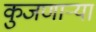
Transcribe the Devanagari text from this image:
कुजणाऱ्या